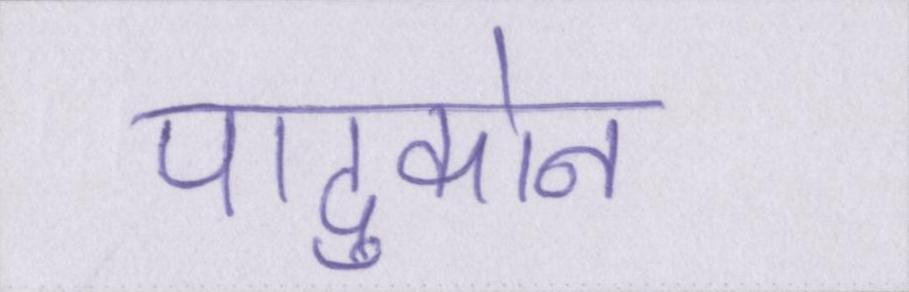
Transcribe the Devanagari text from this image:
पादुकोन